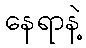
နေရာနဲ့